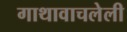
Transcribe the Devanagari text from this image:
गाथावाचलेली